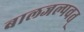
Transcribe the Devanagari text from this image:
बालजल्पवत्